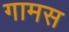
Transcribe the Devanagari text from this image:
गामस